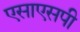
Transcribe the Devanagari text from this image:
एसाएसपी